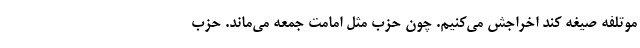
موتلفه صیغه کند اخراجش می‌کنیم. چون حزب مثل امامت جمعه می‌ماند. حزب